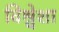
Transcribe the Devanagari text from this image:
विश्वेशा